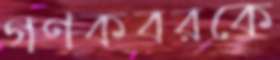
গণকবরকে